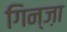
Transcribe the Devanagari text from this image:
गिन्ज़ा